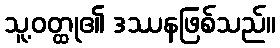
သူ့ဝတ္ထု၏ ဒဿနဖြစ်သည်။